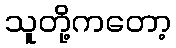
သူတို့ကတော့